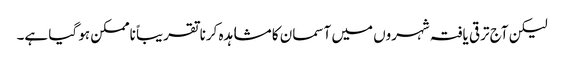
لیکن آج ترقی یافتہ شہروں میں آسمان کا مشاہدہ کرنا تقریباً ناممکن ہو گیا ہے۔